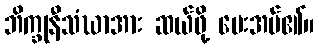
ဘိက္ခုနီသံဃာအား ဆယ်ဖို့ ပေးအပ်၏။